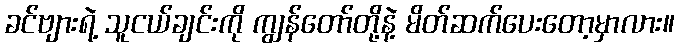
ခင်ဗျားရဲ့ သူငယ်ချင်းကို ကျွန်တော်တို့နဲ့ မိတ်ဆက်ပေးတော့မှာလား။